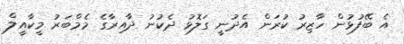
އެ ބޭފުޅުން ހާޒިރު ކުރަން އެދުނީ ގަލޮޅު ދެކުނު ދާއިރާގެ މެމްބަރު މީކާއީލް